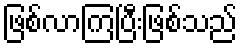
ဖြစ်လာကြပြီးဖြစ်သည်